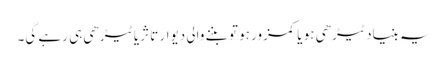
یہ بنیاد ٹیڑھی ہو یا کمزور ہو تو بننے والی دیوار تا ثریا ٹیڑھی ہی رہے گی۔